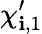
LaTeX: \chi_{\mathbf{i},1}^{\prime}